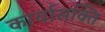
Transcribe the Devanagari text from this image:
कार्यासक्ति